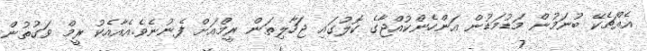
އެއްޗެކޭ ބުނަމުން މަޑުމަޑުން އަންހެންކުއްޖާގެ ކޮލުގައި ޖަހާލިތަން ރީމްއަށް ފެނުނެވެ.އެއާއެކު ރީމް ވަގުތުން